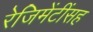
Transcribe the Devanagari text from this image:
रेजिमेंटींसह